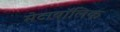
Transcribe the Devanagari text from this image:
मेटाबॉलिक